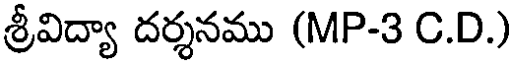
శ్రీవిద్యా దర్శనము (MP-3 C.D.)